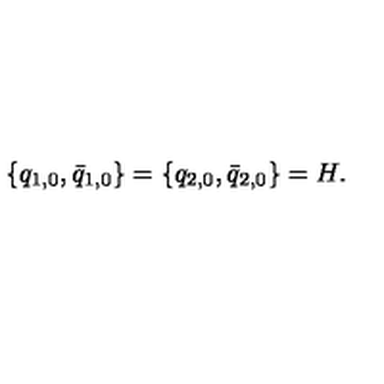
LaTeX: \{ q _ { 1 , 0 } , \bar { q } _ { 1 , 0 } \} = \{ q _ { 2 , 0 } , \bar { q } _ { 2 , 0 } \} = H .